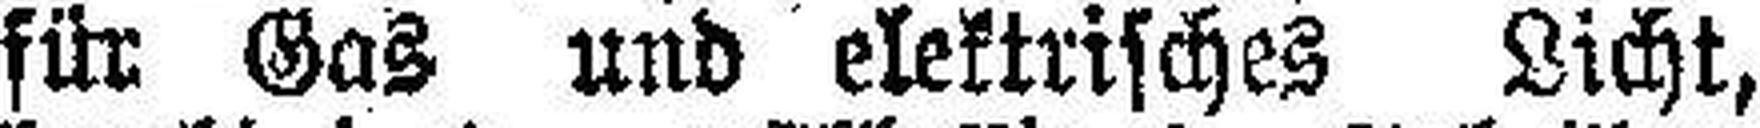
für Gas und elektrisches Licht,